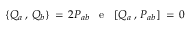
\{ Q _ { a } \, , \, Q _ { b } \} \, = \, 2 P _ { a b } \; \; \; \mathrm { e } \; \; \; [ Q _ { a } \, , \, P _ { a b } ] \, = \, 0